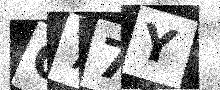
Text: C77Y